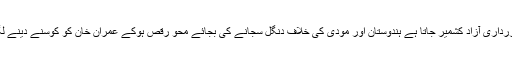
بلاول زرداری آزاد کشمیر جاتا ہے ہندوستان اور مودی کی خلاف دنگل سجانے کی بجائے محو رقص ہوکے عمران خان کو کوسنے دینے لگتا ہے۔